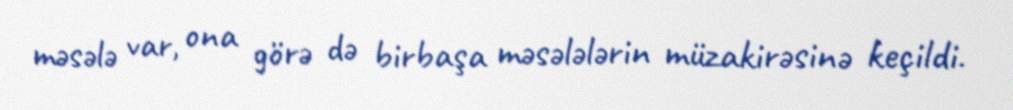
məsələ var, ona görə də birbaşa məsələlərin müzakirəsinə keçildi.